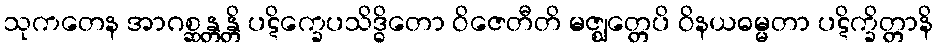
သုကတေန အာဂစ္ဆန္တန္တိ ပဋိက္ခေပသိဒ္ဓိတော ဝိဇေတီတိ မဇ္ဈတ္တေပိ ဝိနယဓမ္မတာ ပဋိက္ခိတ္တာနိ